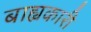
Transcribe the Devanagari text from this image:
बाह्यकारी